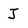
Character: j